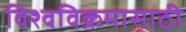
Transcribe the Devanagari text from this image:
विश्वविक्रमासाठी